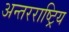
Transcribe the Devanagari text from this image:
अन्तरराष्ट्रिय